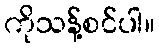
ကိုသန့်စင်ပါ။